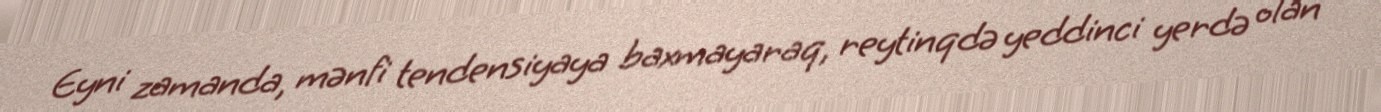
Eyni zamanda, mənfi tendensiyaya baxmayaraq, reytinqdə yeddinci yerdə olan